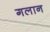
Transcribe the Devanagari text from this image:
गलान